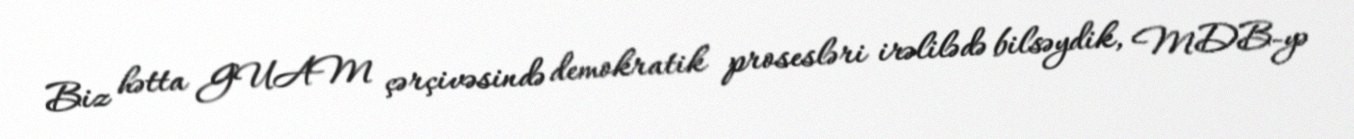
Biz hətta GUAM çərçivəsində demokratik prosesləri irəlilədə bilsəydik, MDB-yə